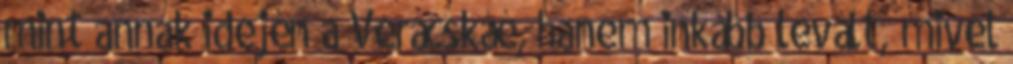
mint annak idején a Verácskáé, hanem inkább levált, mivel